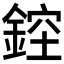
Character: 𨨁